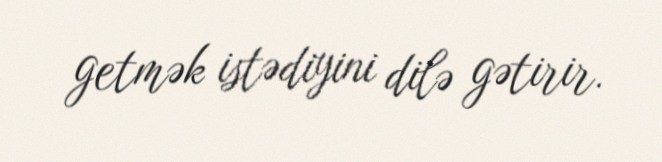
getmək istədiyini dilə gətirir.